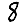
Digit: 8